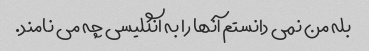
بله من نمی دانستم آنها را به انگلیسی چه می نامند.